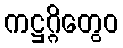
ကဋ္ဌဂ္ဂိတွေဝ